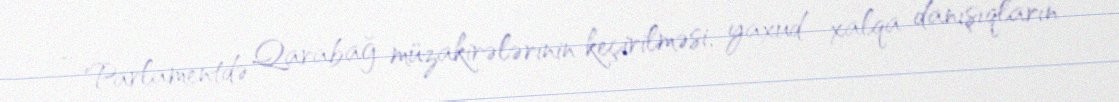
- Parlamentdə Qarabağ müzakirələrinin keçirilməsi, yaxud xalqa danışıqların